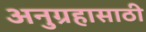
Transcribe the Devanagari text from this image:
अनुग्रहासाठी